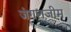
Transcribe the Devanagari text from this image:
जंगलजीम